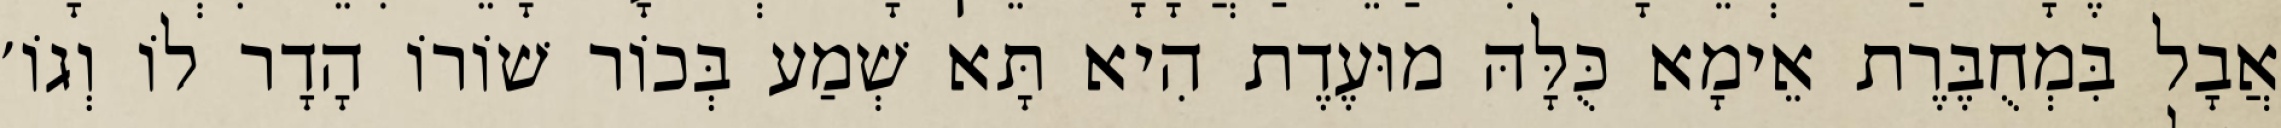
אֲבָל בִּמְחֻבֶּרֶת אֵימָא כֻּלָּהּ מוּעֶדֶת הִיא תָּא שְׁמַע בְּכוֹר שׁוֹרוֹ הָדָר לוֹ וְגוֹ׳